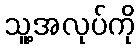
သူ့အလုပ်ကို